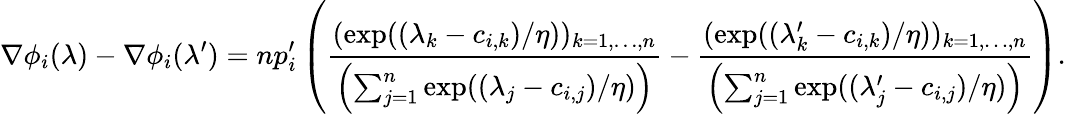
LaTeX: \nabla\phi_{i}(\lambda)-\nabla\phi_{i}(\lambda^{\prime})=np_{i}^{\prime}\left(\frac{(\exp((\lambda_{k}-c_{i,k})/\eta))_{k=1,\ldots,n}}{\left(\sum_{j=1}^{n}\exp((\lambda_{j}-c_{i,j})/\eta)\right)}-\frac{(\exp((\lambda_{k}^{\prime}-c_{i,k})/\eta))_{k=1,\ldots,n}}{\left(\sum_{j=1}^{n}\exp((\lambda_{j}^{\prime}-c_{i,j})/\eta)\right)}\right).